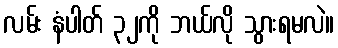
လမ်း နံပါတ် ၃၂ကို ဘယ်လို သွားရမလဲ။